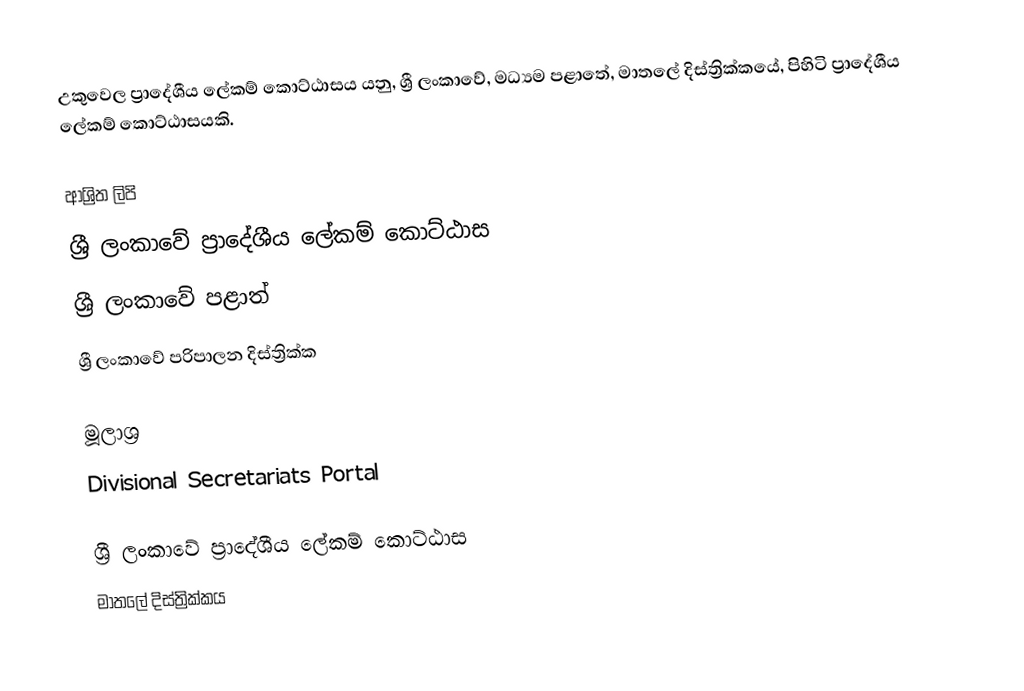
උකුවෙල ප්‍රාදේශීය ලේකම් කොට්ඨාසය යනු,  ශ්‍රී ලංකාවේ, මධ්‍යම පළාතේ,   මාතලේ දිස්ත්‍රික්කයේ, පිහිටි ප්‍රාදේශීය ලේකම් කොට්ඨාසයකි.

ආශ්‍රිත ලිපි
ශ්‍රී ලංකාවේ ප්‍රාදේශීය ලේකම් කොට්ඨාස
ශ්‍රී ලංකාවේ පළාත්
ශ්‍රී ලංකාවේ පරිපාලන දිස්ත්‍රික්ක

මූලාශ්‍ර
 Divisional Secretariats Portal

ශ්‍රී ලංකාවේ ප්‍රාදේශීය ලේකම් කොට්ඨාස
මාතලේ දිස්ත්‍රික්කය